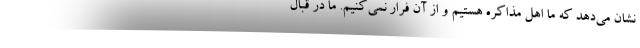
نشان می‌دهد که ما اهل مذاکره هستیم و از آن فرار نمی‌کنیم. ما در قبال